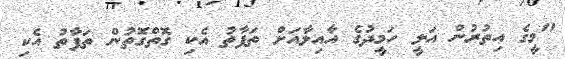
"މީގެ އިތުރުން އަލީ ހަމީދުގެ އާއިލާއަށް ތަފާތު އެކި ގޮތްގޮތުން ތަފާތު އެކި